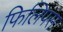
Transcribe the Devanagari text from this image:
फिलिपस